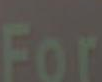
For